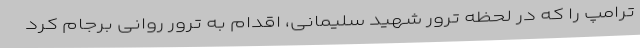
ترامپ را که در لحظه ترور شهید سلیمانی، اقدام به ترور روانی برجام کرد